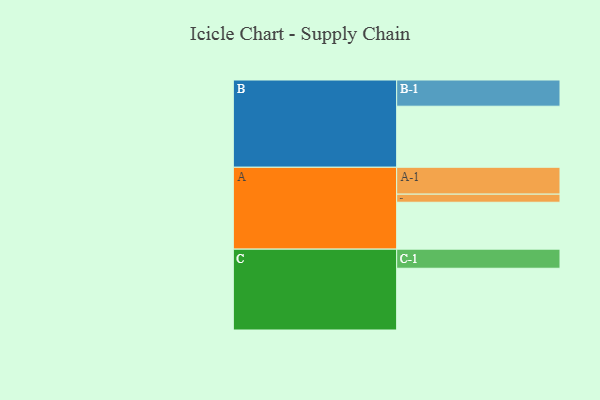
{"axis": {"x": "Segment", "y": "Value"}, "legend": ["", "A", "B", "C"], "data": [{"x": "A", "y": 417, "type": ""}, {"x": "B", "y": 543, "type": ""}, {"x": "C", "y": 549, "type": ""}, {"x": "A-1", "y": 239, "type": "A"}, {"x": "A-2", "y": 72, "type": "A"}, {"x": "B-1", "y": 233, "type": "B"}, {"x": "C-1", "y": 170, "type": "C"}]}